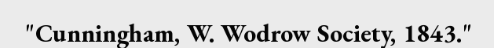
"Cunningham, W. Wodrow Society, 1843."